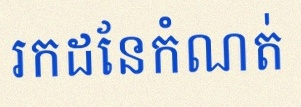
រកដែនកំណត់